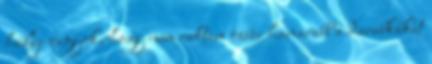
hülye vagyok, hogy nem raktam össze hamarabb a darabkákat